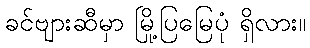
ခင်ဗျားဆီမှာ မြို့ပြမြေပုံ ရှိလား။